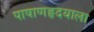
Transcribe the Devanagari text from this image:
पाषाणहृदयाला